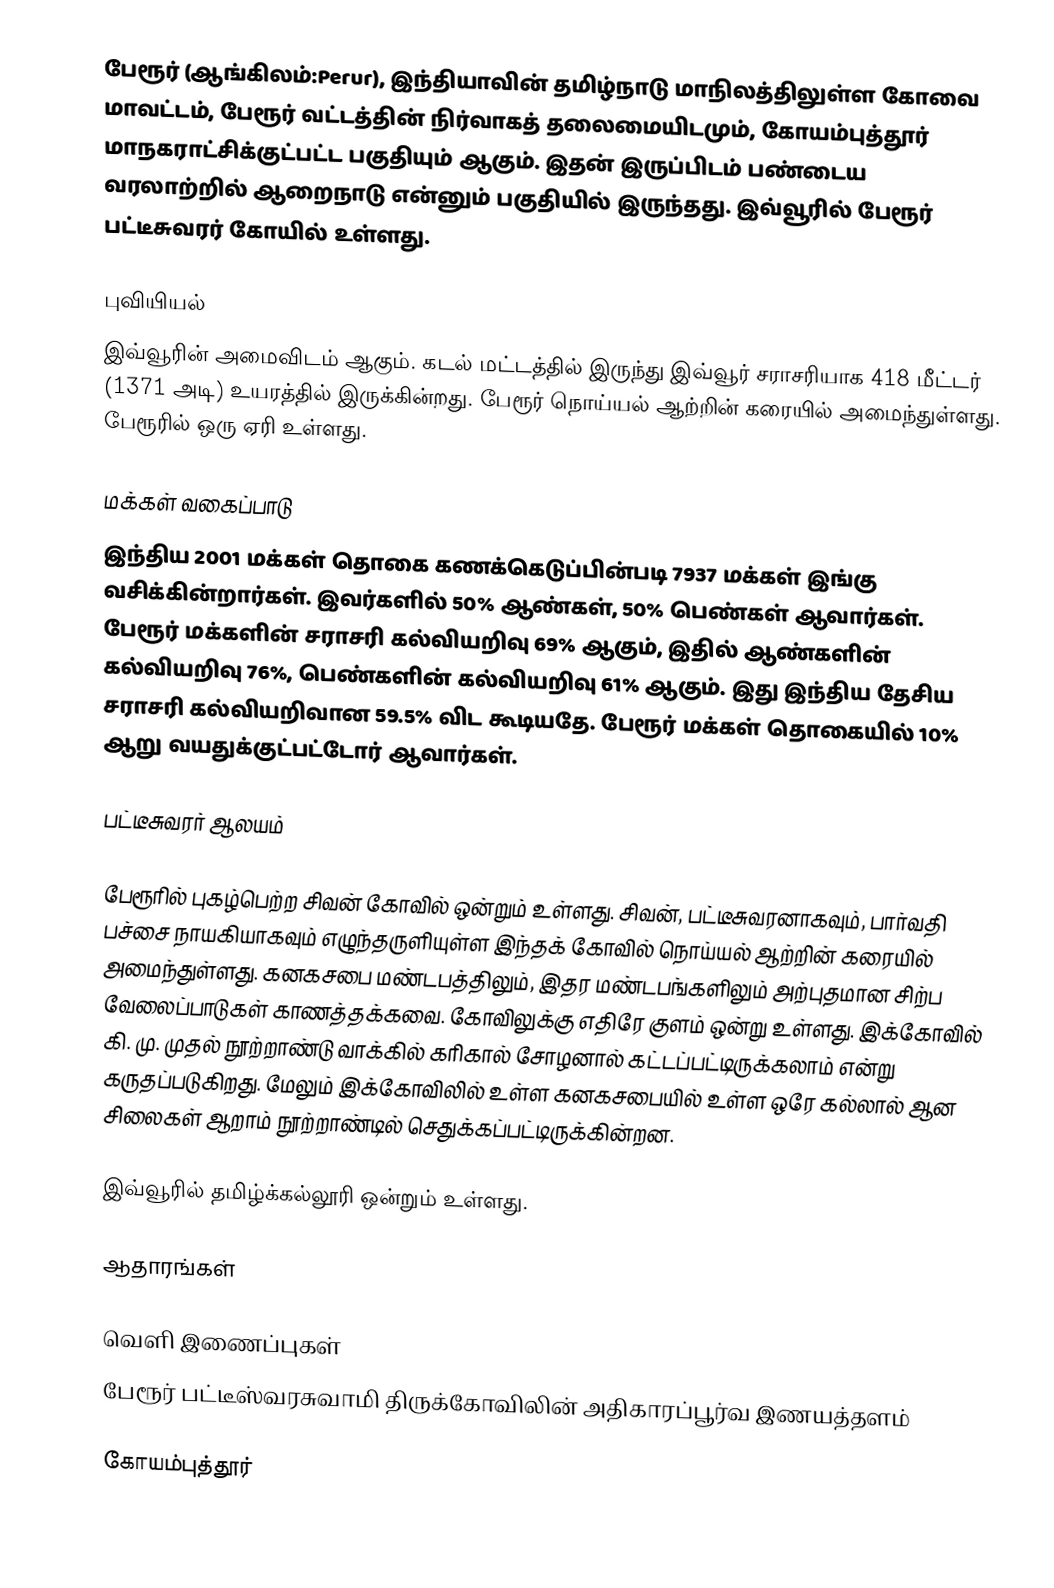
பேரூர் (ஆங்கிலம்:Perur), இந்தியாவின் தமிழ்நாடு மாநிலத்திலுள்ள கோவை மாவட்டம், பேரூர் வட்டத்தின் நிர்வாகத் தலைமையிடமும், கோயம்புத்தூர் மாநகராட்சிக்குட்பட்ட  பகுதியும் ஆகும். இதன் இருப்பிடம் பண்டைய வரலாற்றில் ஆறைநாடு என்னும் பகுதியில் இருந்தது. இவ்வூரில் பேரூர் பட்டீசுவரர் கோயில் உள்ளது.

புவியியல்
இவ்வூரின் அமைவிடம்  ஆகும். கடல் மட்டத்தில் இருந்து இவ்வூர் சராசரியாக 418 மீட்டர் (1371 அடி) உயரத்தில் இருக்கின்றது. பேரூர் நொய்யல் ஆற்றின் கரையில் அமைந்துள்ளது. பேரூரில் ஒரு ஏரி உள்ளது.

மக்கள் வகைப்பாடு
இந்திய 2001 மக்கள் தொகை கணக்கெடுப்பின்படி 7937 மக்கள் இங்கு வசிக்கின்றார்கள். இவர்களில் 50% ஆண்கள், 50% பெண்கள் ஆவார்கள். பேரூர் மக்களின் சராசரி கல்வியறிவு 69% ஆகும்,  இதில் ஆண்களின் கல்வியறிவு 76%,  பெண்களின் கல்வியறிவு 61% ஆகும். இது இந்திய தேசிய சராசரி கல்வியறிவான 59.5% விட கூடியதே. பேரூர் மக்கள் தொகையில் 10%  ஆறு வயதுக்குட்பட்டோர் ஆவார்கள்.

பட்டீசுவரர் ஆலயம்

பேரூரில் புகழ்பெற்ற சிவன் கோவில் ஒன்றும் உள்ளது. சிவன், பட்டீசுவரனாகவும், பார்வதி பச்சை நாயகியாகவும் எழுந்தருளியுள்ள இந்தக் கோவில் நொய்யல் ஆற்றின் கரையில் அமைந்துள்ளது. கனகசபை மண்டபத்திலும், இதர மண்டபங்களிலும் அற்புதமான சிற்ப வேலைப்பாடுகள் காணத்தக்கவை. கோவிலுக்கு எதிரே குளம் ஒன்று உள்ளது. இக்கோவில் கி. மு. முதல் நூற்றாண்டு வாக்கில் கரிகால் சோழனால் கட்டப்பட்டிருக்கலாம் என்று கருதப்படுகிறது. மேலும் இக்கோவிலில் உள்ள கனகசபையில் உள்ள ஒரே கல்லால் ஆன சிலைகள் ஆறாம் நூற்றாண்டில் செதுக்கப்பட்டிருக்கின்றன.

இவ்வூரில் தமிழ்க்கல்லூரி ஒன்றும் உள்ளது.

ஆதாரங்கள்

வெளி இணைப்புகள்
 பேரூர் பட்டீஸ்வரசுவாமி திருக்கோவிலின் அதிகாரப்பூர்வ இணயத்தளம்

கோயம்புத்தூர்